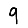
Digit: 9